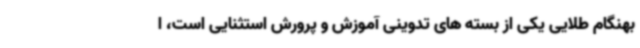
بهنگام طلایی یکی از بسته های تدوینی آموزش و پرورش استثنایی است، ا